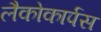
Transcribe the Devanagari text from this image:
लैकोकार्पस